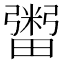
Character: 𤳕